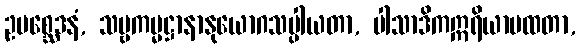
ဥပစ္ဆေဒနံ, သဗ္ဗကမ္မဋ္ဌာနာနုယောဂသပ္ပါယတာ, ပါသာဒိကဣရိယာပထတာ,